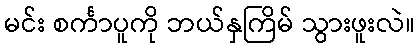
မင်း စင်္ကာပူကို ဘယ်နှကြိမ် သွားဖူးလဲ။